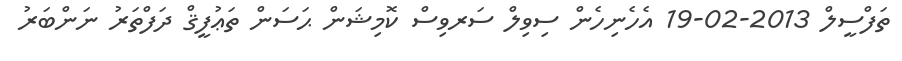
ތަފްސީލް 2013-02-19 އެހެނިހެން ސިވިލް ސަރވިސް ކޮމިޝަން ޙަސަން ތަޢުފީޤް ދަފްތަރު ނަންބަރު